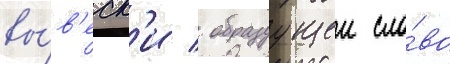
вы́в'еск'и / образуущеи сло́во